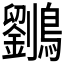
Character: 𱉄